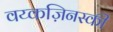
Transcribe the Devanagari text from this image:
वय्कज़िनस्की